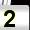
Digit: 2